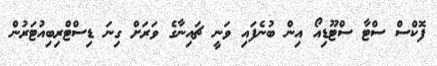
ފޮކްސް ސްޓާ ސްޓޫޑިއޯ އިން ބުނެފައި ވަނީ ޗައިނާގެ ވަރަށް ގިނަ ޑިސްޓްރިބިއުޓަރުން